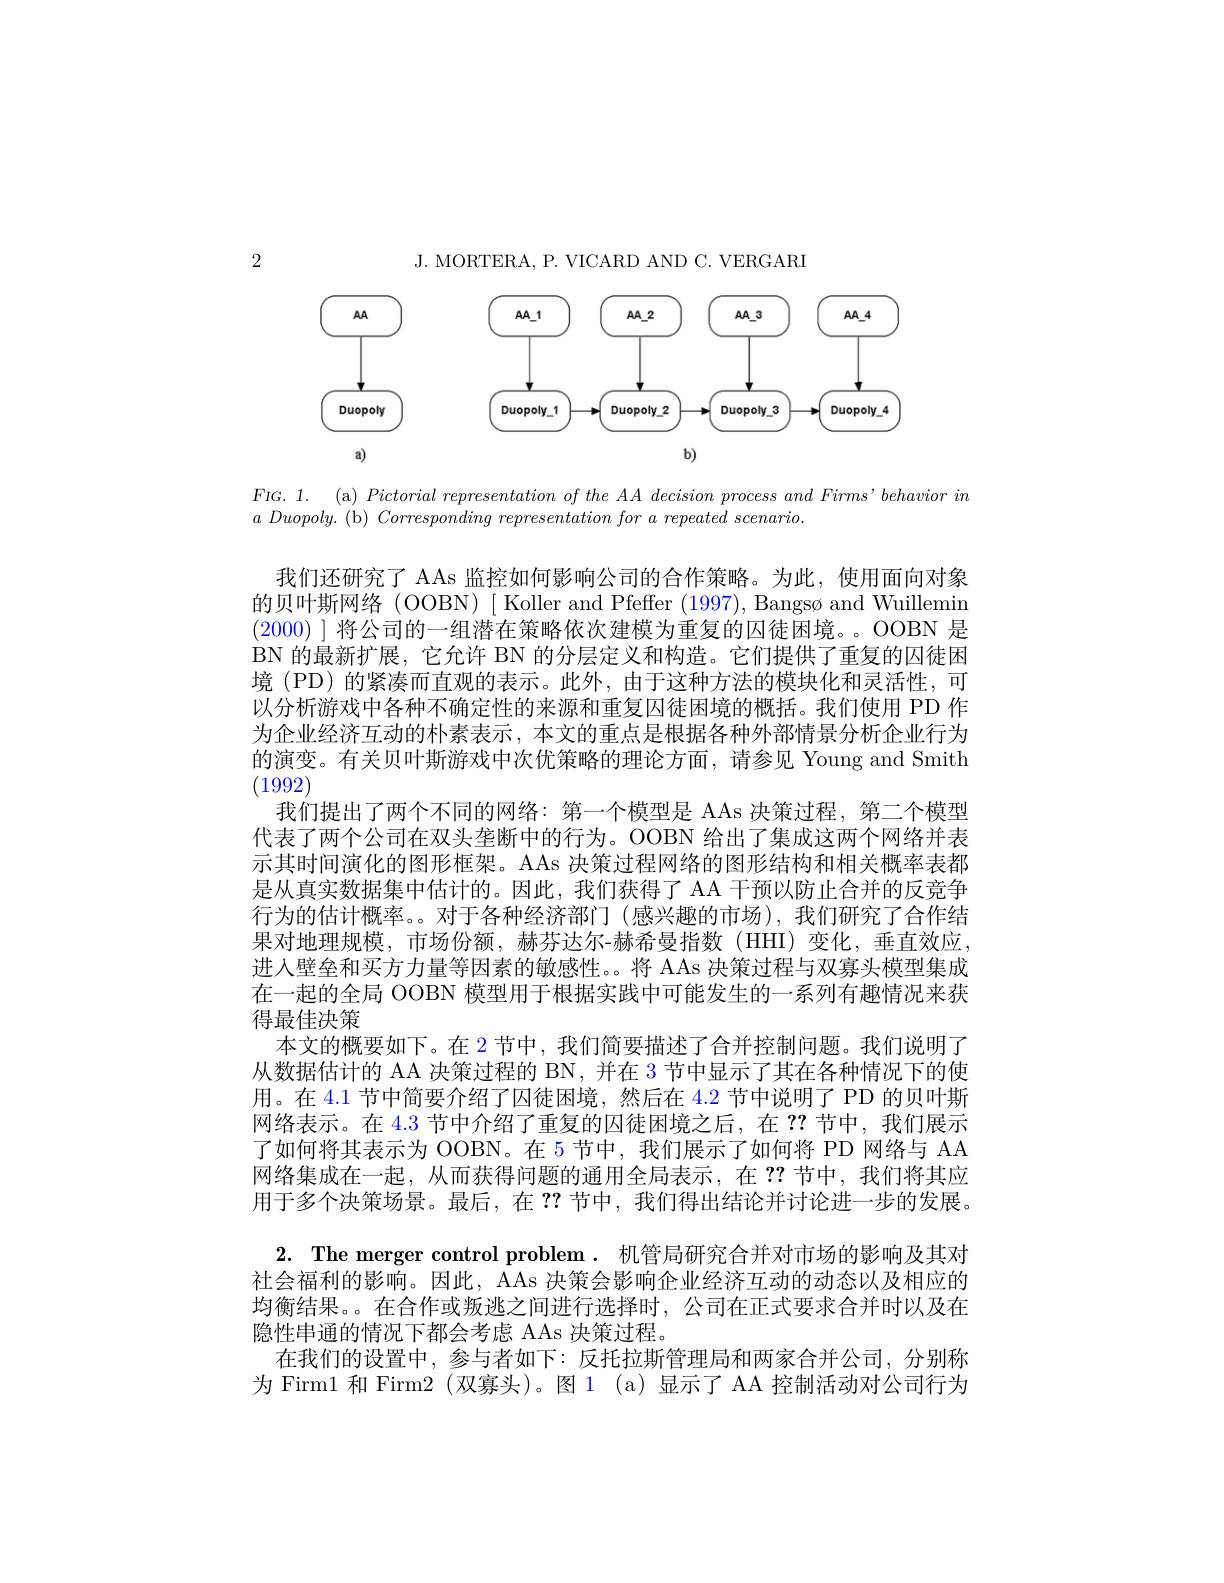
J. MORTERA, P. VICARD AND C. VERGARI

2

<FigureHere>

$a\textit{Duopoly. ( b) Corresponding representation for a repeated scenario}$

我们还研究了 AAs 监控如何影响公司的合作策略。为此，使用面向对象的贝叶斯网络 (OOBN) [ Koller and Pfeffer (1997), Bangsø and Wuillemin (2000) ] 将公司的一组潜在策略依次建模为重复的囚徒困境。。OOBN 是BN 的最新扩展，它允许 BN 的分层定义和构造。它们提供了重复的囚徒困境 (PD) 的紧凑而直观的表示。此外，由于这种方法的模块化和灵活性，可以分析游戏中各种不确定性的来源和重复囚徒困境的概括。我们使用 PD 作为企业经济互动的朴素表示，本文的重点是根据各种外部情景分析企业行为的演变。有关贝叶斯游戏中次优策略的理论方面，请参见 Young and Smith (1992)
我们提出了两个不同的网络：第一个模型是 AAs 决策过程，第二个模型代表了两个公司在双头垄断中的行为。OOBN 给出了集成这两个网络并表示其时间演化的图形框架。AAs 决策过程网络的图形结构和相关概率表都是从真实数据集中估计的。因此，我们获得了 AA 干预以防止合并的反竞争行为的估计概率。。对十各种经济部门(感兴趣的市场),我们研究了合作结果对地理规模，市场份额，赫芬达尔-赫希曼指数(HHI)变化，垂直效应进入壁垒和买方力量等因素的敏感性。将 AAs 决策过程与双寡头模型集成在一起的全局 OOBN 模型用于根据实践中可能发生的一系列有趣情况来获得最佳决策
本文的概要如下。在 2 节中，我们简要描述了合并控制问题。我们说明了从数据估计的 AA 决策过程的 BN, 并在 3 节中显示了其在各种情况下的使用。在 4.1 节中简要介绍了囚徒困境，然后在 4.2 节中说明了 PD 的贝叶斯网络表示。在 4.3 节中介绍了重复的囚徒困境之后，在？?节中，我们展示了如何将其表示为 OOBN。在 5 节中，我们展示了如何将 PD 网络与 AA 网络集成在一起，从而获得问题的通用全局表示，在？?节中，我们将其应用于多个决策场景。最后，在 ??节中，我们得出结论并讨论进一步的发展。2. The merger control problem. 机管局研究合并对市场的影响及其对社会福利的影响。因此，AAs 决策会影响企业经济互动的动态以及相应的均衡结果。。在合作或叛逃之间进行选择时，公司在正式要求合并时以及在隐性串通的情况下都会考虑 AAs 决策过程。
在我们的设置中，参与者如下：反托拉斯管理局和两家合并公司，分别称为 Firm1 和 Firm2 (双寡头)。图 1 (a)显示了 AA 控制活动对公司行为